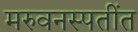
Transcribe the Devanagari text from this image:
मरुवनस्पतींत